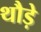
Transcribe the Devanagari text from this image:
थौड़े